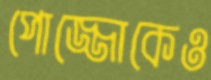
পোজ্জোকেও